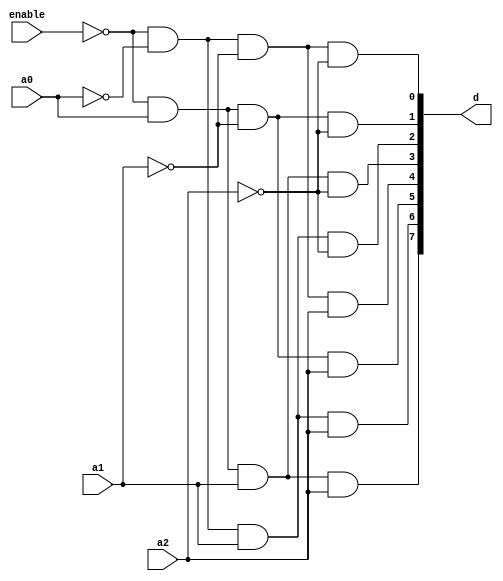
module decoder_3x8(d,a2,a1,a0,enable);
  input a0,a1,a2;
  input enable;
  output [7:0]d;
  and 
      G0(d[0],!enable,!a0,!a1,!a2),
      G1(d[1],!enable,a0,!a1,!a2),
      G2(d[2],!enable,!a0,a1,!a2),
      G3(d[3],!enable,a0,a1,!a2),
      G4(d[4],!enable,!a0,!a1,a2),
      G5(d[5],!enable,a0,!a1,a2),
      G6(d[6],!enable,!a0,a1,a2),
      G7(d[7],!enable,a0,a1,a2);
  
  endmodule